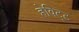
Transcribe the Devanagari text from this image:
हेविट्ट